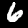
Label: 6